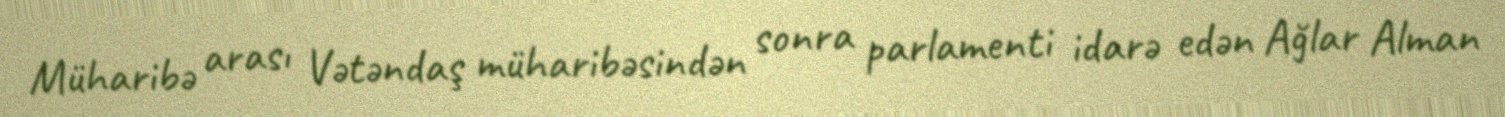
Müharibə arası Vətəndaş müharibəsindən sonra parlamenti idarə edən Ağlar Alman